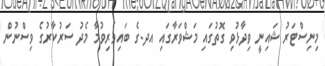
މިނިސްޓަރު ޝައިނީ ވިދާޅުވި ގޮތުގައި މަޝްވަރާގައި އދ.ގެ ބައިވެރިވުމާ މެދު ސަރުކާރުގެ ވިސްނުން